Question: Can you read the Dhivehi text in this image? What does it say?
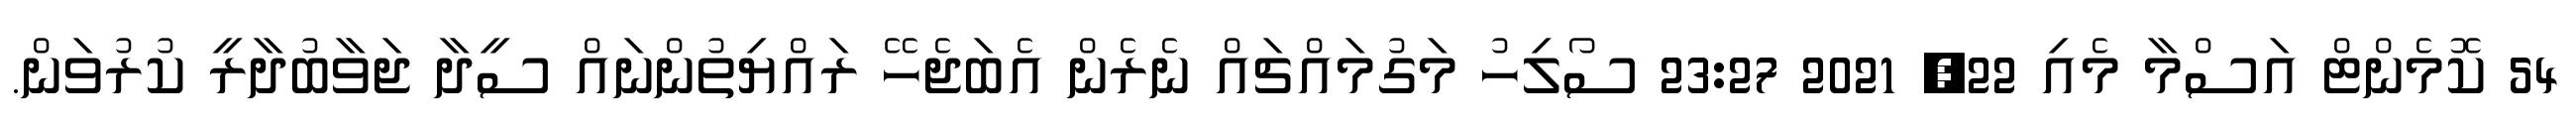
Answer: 54 ކޮމެންޓް އަސްމާ މެއި 22, 2021 23:27 ސޯލިހު މަގުމައްޗައް ނެރެން އެބަޖެހޭ ރައްޔިތުންނައް ސީދާ ޖަވާބުދާރީ ކުރުވަން.